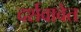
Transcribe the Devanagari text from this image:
दर्शवावेत